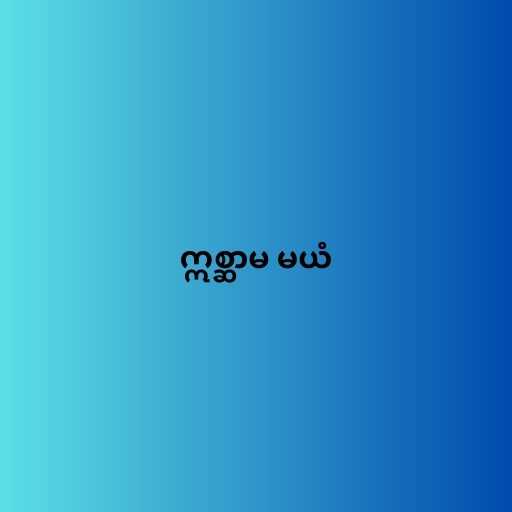
ဣစ္ဆာမ မယံ